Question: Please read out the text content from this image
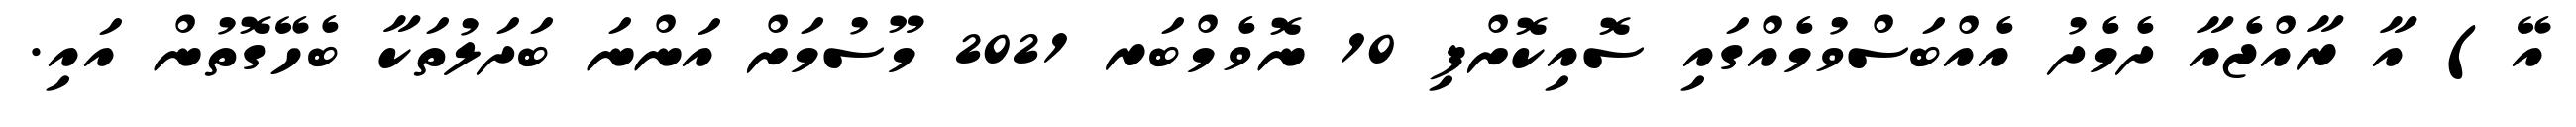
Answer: އޭ) އާ ރާއްޖެއާ ދެމެދު އެއްބަސްވުމެއްގައި ސޮއިކޮށްފި 10 ނޮވެމްބަރ 2021 މޫސުމަށް އަންނަ ބަދަލުތަކާ ބެހޭގޮތުން އައި.